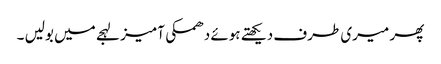
پھر میری طرف دیکھتے ہوئے دھمکی آمیز لہجے میں بولیں ۔